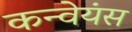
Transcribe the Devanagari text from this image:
कन्वेयंस